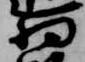
将